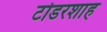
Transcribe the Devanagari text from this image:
टोडरशाह